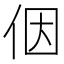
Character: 𪜶